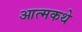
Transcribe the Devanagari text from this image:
आत्मकथे